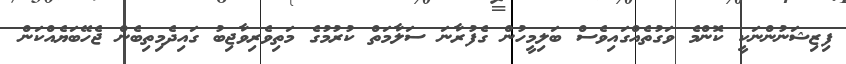
ފިޒިޝަނުންނަކީ ކޮންމެ ވަގުތެއްގައިވެސް ބަލިމީހުން ގެފުރާނަ ސަލާމަތް ކުރުމުގެ މަތިވެރިވާޖިބު ގައިދެމިތިބެން ޖެހޭބަޔެއްކަން